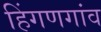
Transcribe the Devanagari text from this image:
हिंगणगांव